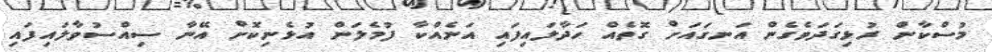
މުސްކާން ރުޅިގަދަވެގެން އަނގައަށް ގޮތެއް ހަދާލައިފައި އަނެއްކާ ފުމެލަން އުޅެނިކޮށް އޭނާ ސިއްސުވާލައިފައި